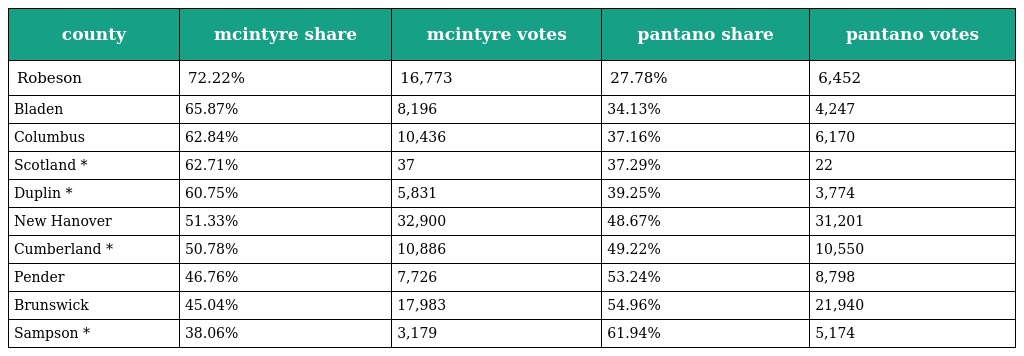
| county | mcintyre share | mcintyre votes | pantano share | pantano votes |
 | --- | --- | --- | --- | --- |
 | Robeson | 72.22% | 16,773 | 27.78% | 6,452 |
 | Bladen | 65.87% | 8,196 | 34.13% | 4,247 |
 | Columbus | 62.84% | 10,436 | 37.16% | 6,170 |
 | Scotland * | 62.71% | 37 | 37.29% | 22 |
 | Duplin * | 60.75% | 5,831 | 39.25% | 3,774 |
 | New Hanover | 51.33% | 32,900 | 48.67% | 31,201 |
 | Cumberland * | 50.78% | 10,886 | 49.22% | 10,550 |
 | Pender | 46.76% | 7,726 | 53.24% | 8,798 |
 | Brunswick | 45.04% | 17,983 | 54.96% | 21,940 |
 | Sampson * | 38.06% | 3,179 | 61.94% | 5,174 |